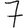
Digit: 7